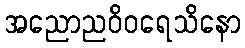
အညောညဝိဝရေသိနော